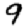
Digit: 9